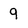
Character: 9